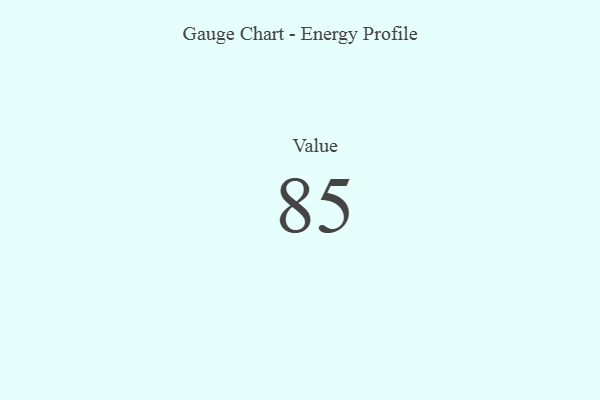
{"axis": {"x": "Metric", "y": "Value"}, "legend": [""], "data": [{"x": "Value", "y": 85, "type": ""}]}